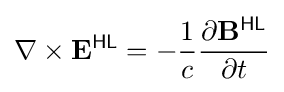
\nabla \times \mathbf {E} ^{\textsf {HL}}=-{\frac {1}{c}}{\frac {\partial \mathbf {B} ^{\textsf {HL}}}{\partial t}}